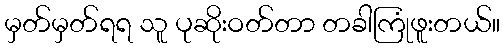
မှတ်မှတ်ရရ သူ ပုဆိုးဝတ်တာ တခါကြုံဖူးတယ်။